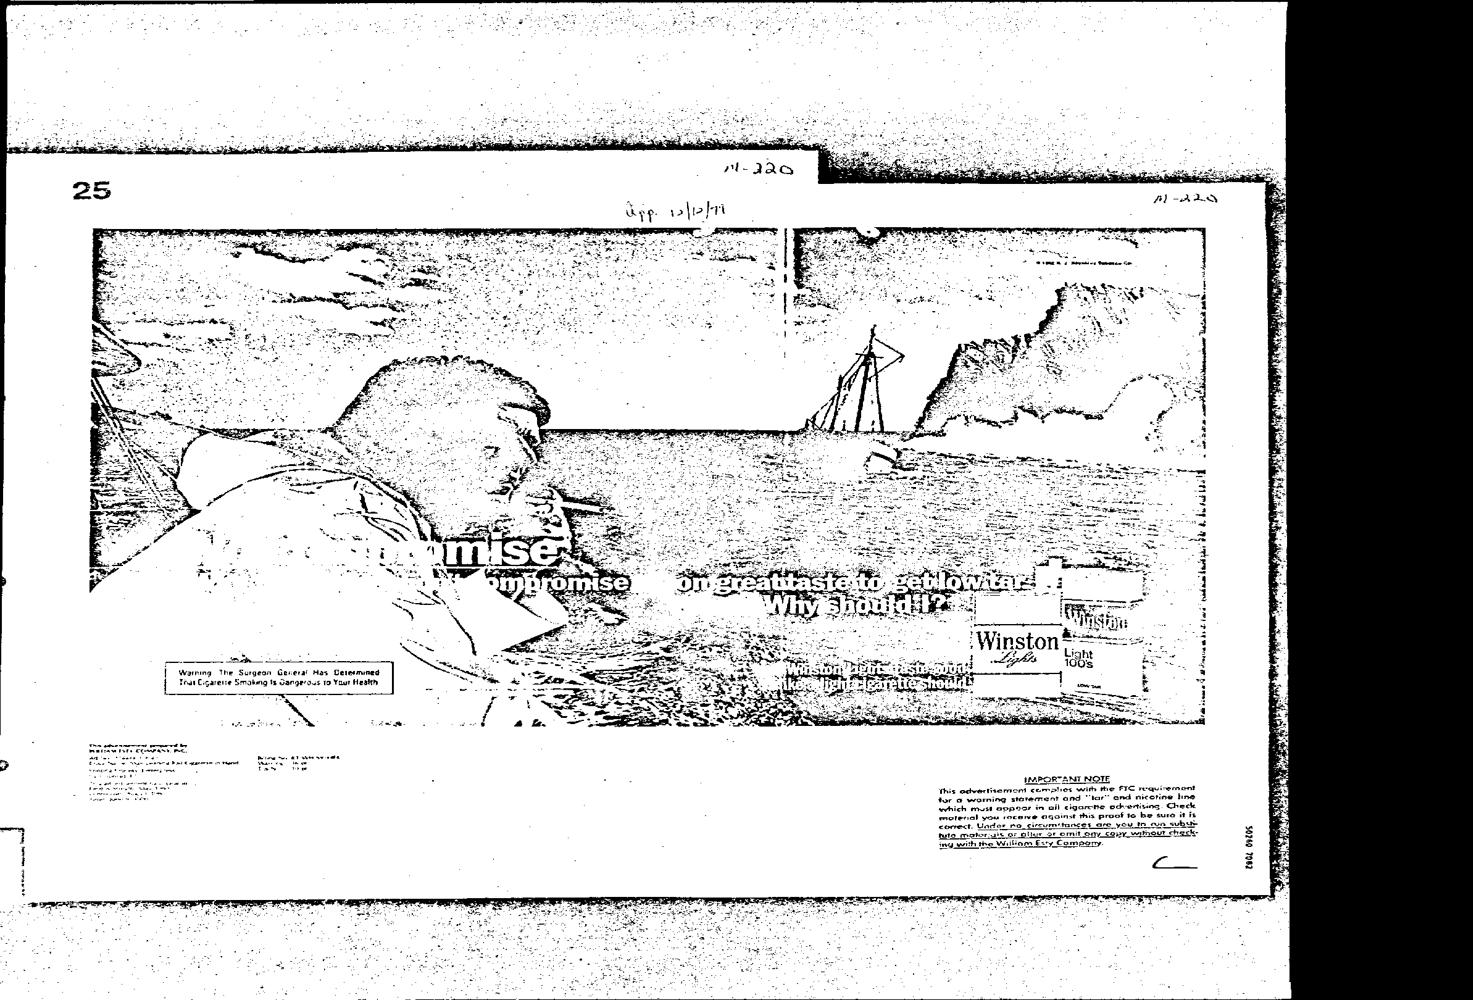
pat co
 ota: nmr L I mtr
 vidi :
 — akin
 Warring The Surgeon General Has Ceremmined
 9 G
 [Tar Cigarerse Smotg ts Gangerous 1a Your Haak
 NM?
 for a warning storement and “lar” and nicotine line
 swhich emuat appear in ail cigarone edvenising. Check
 nofenal you recerve agoinst this proof to be sure it ix
 Hance: are you to ca subs
 iv coy wateut check
 in|
 tabs oveas